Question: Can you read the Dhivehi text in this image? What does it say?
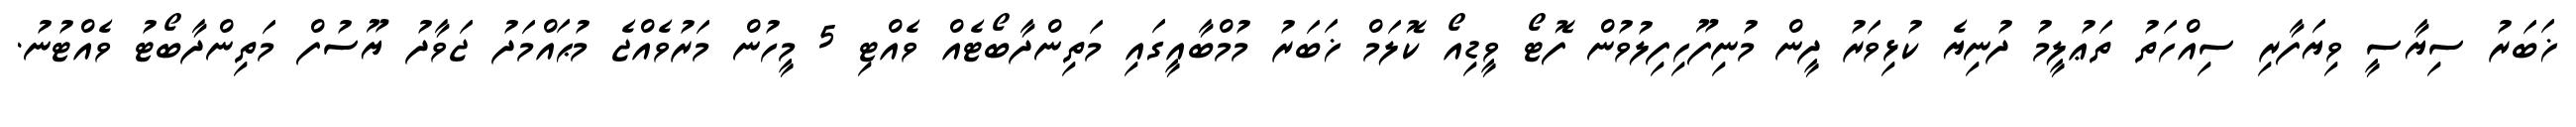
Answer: ޚަބަރު ސިޔާސީ ވިޔަފާރި ސިއްހަތު ތަޢުލީމު ދުނިޔެ ކުޅިވަރު ދީން މުނިފޫހިފިލުވުން ފޮޓޯ ވީޑިއޯ ކޮލަމް ޚަބަރު މުމްބާއީގައި މަތިންދާބޯޓެއް ވެއްޓި 5 މީހުން މަރުވެއްޖެ މުޙައްމަދު ޖަވާދު ޔޫސުފް މަތިންދާބޯޓު ވެއްޓުނު.